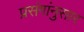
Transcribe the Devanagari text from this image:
प्रसंगांनुसार